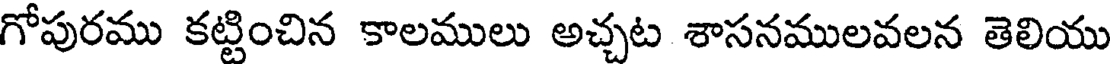
గోపురము కట్టించిన కాలములు అచ్చట శాసనములవలన తెలియు